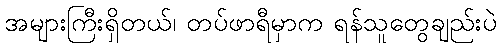
အများကြီးရှိတယ်၊ တပ်ဖာရီမှာက ရန်သူတွေချည်းပဲ